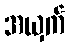
အယှက်